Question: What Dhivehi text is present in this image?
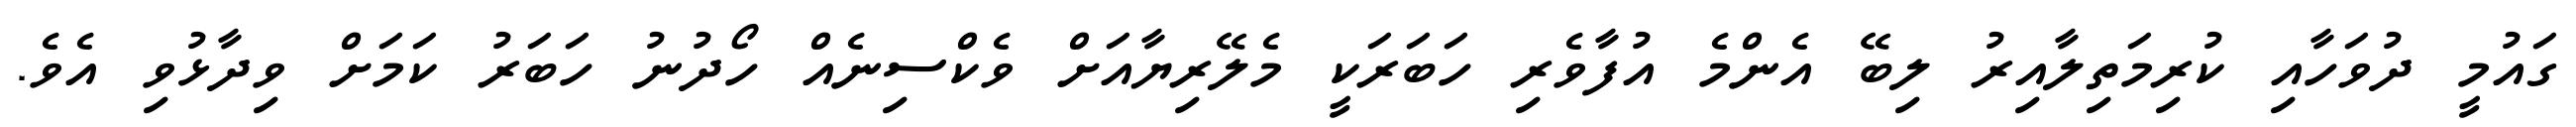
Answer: ގައުމީ ދުވަހާއި ކުރިމަތިލާއިރު ލިބޭ އެންމެ އުފާވެރި ހަބަރަކީ މެލޭރިޔާއަށް ވެކްސިނެއް ހޯދުނު ހަބަރު ކަމަށް ވިދާޅުވި އެވެ.